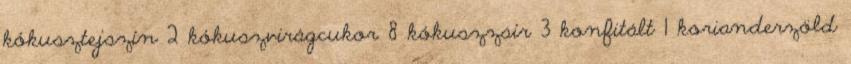
kókusztejszín 2 kókuszvirágcukor 8 kókuszzsír 3 konfitált 1 korianderzöld